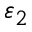
\varepsilon _ { 2 }